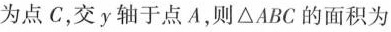
为点C，交y轴于点A，则△ABC的面积为